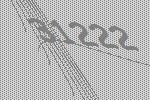
31222